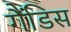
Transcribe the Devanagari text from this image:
गैंडिस